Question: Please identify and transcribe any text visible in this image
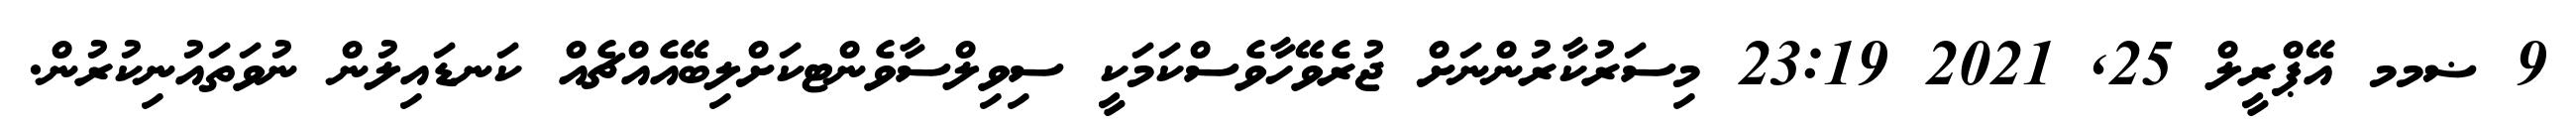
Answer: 9 ޟމމ އޭޕްރީލް 25, 2021 23:19 މިސަރުކާރުންނަށް ޖުރެވޭހާވެސްކަމަކީ ސިވިލްސާވެންޓކަށްލިބޭއެއްޗެއް ކަނޑައިލުން ނުވަތައުނިކުރުން.